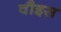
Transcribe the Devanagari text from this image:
वौइस